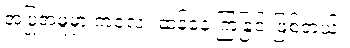
အပြုအမူမှာ ကလေး ဆန်နေ ကြခြင်းဖြစ်တယ်။